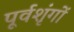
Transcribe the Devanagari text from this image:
पूर्वशृंगों